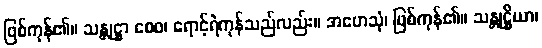
ဖြစ်ကုန်၏။ သန္တုဋ္ဌာ စေဝ၊ ရောင့်ရဲကုန်သည်လည်း။ အဟေသုံ၊ ဖြစ်ကုန်၏။ သန္တုဋ္ဌိယာ၊